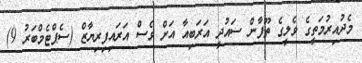
މެދުއިރުމަތީގެ ވެލީގެ ތޫފާން ސައުދީ އަރަބިއާ އަށް ވެސް އަރައިފިރިޔާޒް (ސެޕްޓެމްބަރު 9)